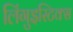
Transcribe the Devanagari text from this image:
लिंगुइस्टिक्स